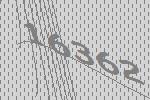
16362